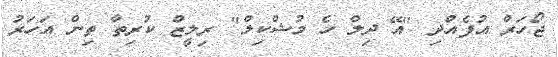
ޖޯހަރް އުފެއްދި "އޭ ދިލް ހެ މުޝްކިލް" ރިލީޒް ކުރިތާ ތިން އަހަރު